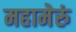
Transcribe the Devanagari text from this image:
महामेरुं